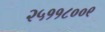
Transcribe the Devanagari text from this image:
२५११८००९